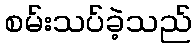
စမ်းသပ်ခဲ့သည်